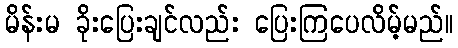
မိန်းမ ခိုးပြေးချင်လည်း ပြေးကြပေလိမ့်မည်။